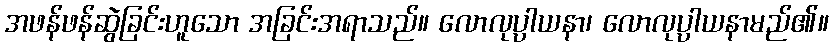
အဖန်ဖန်ဆွဲခြင်းဟူသော အခြင်းအရာသည်။ လောလုပ္ပါယနာ၊ လောလုပ္ပါယနာမည်၏။